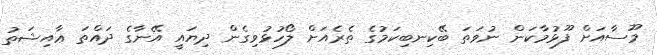
މޫސާއަށް ފޫޅުމާކަން ނުވަތަ ބޭކިިިނބިކަމުގެ ތެރެއަށް ލޯހުޅުވިގެން ދިޔައީ އޭނާގެ ދައްތަ ޢާއިޝަތު